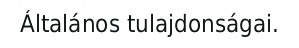
Általános tulajdonságai.